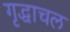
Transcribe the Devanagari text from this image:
गृद्धाचल